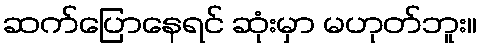
ဆက်ပြောနေရင် ဆုံးမှာ မဟုတ်ဘူး။